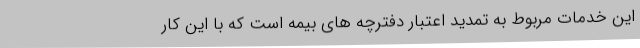
این خدمات مربوط به تمدید اعتبار دفترچه های بیمه است که با این کار